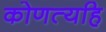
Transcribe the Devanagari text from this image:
कोणत्यहि